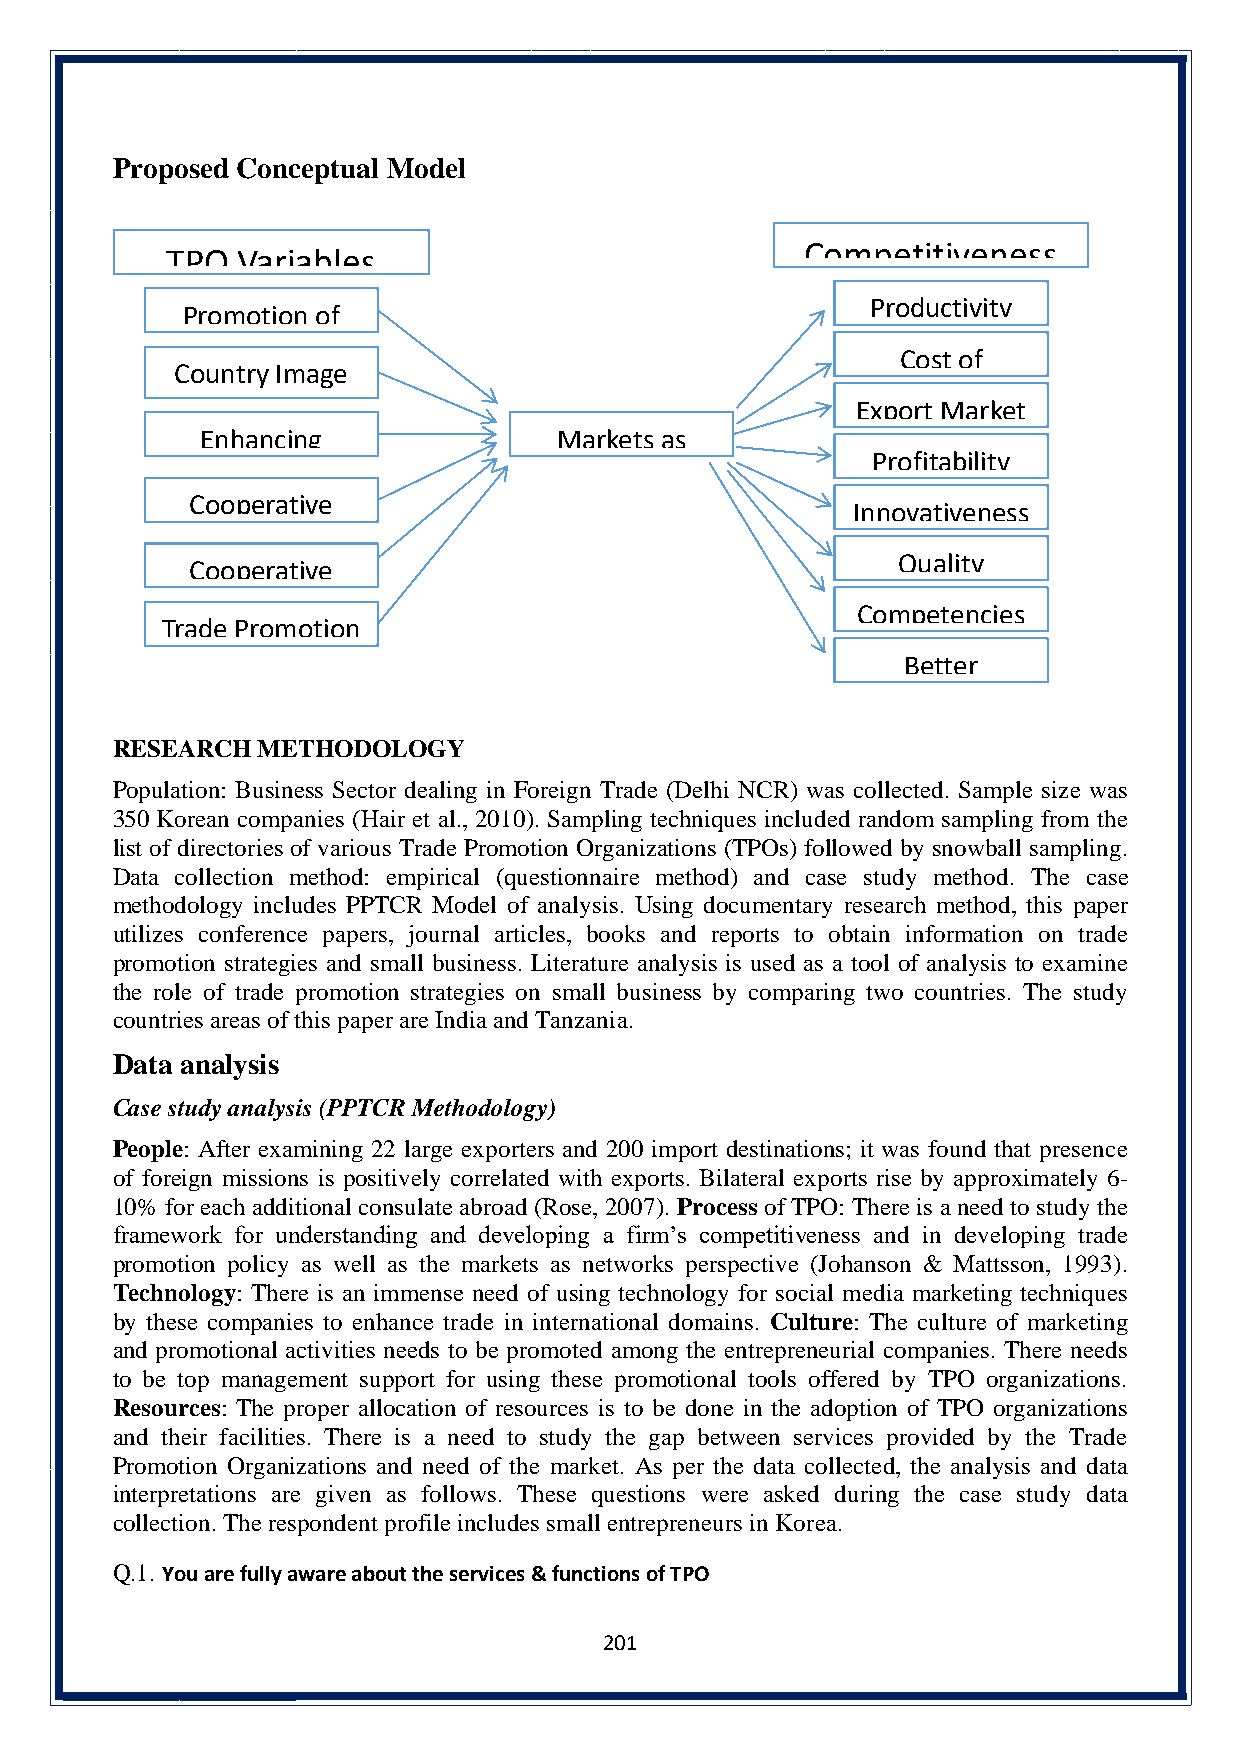
Proposed Conceptual Model
 Competitiveness
 TPO  Variables
 Promotion of
 Productivity
 Trade in Goods
 Cost of
 Country Image
 & Services
 Operations
 (Country                                   Export Market
 EBnrahnadnicningg)      Markets as
 Share
 Profitability
 Investments/              network
 CoopFDerIsa tive        Perspective        Innovativeness
 Marketing
 CoSotrpaetreagtyiv e
 Quality
 Science &
 Competencies
 Trade Promotion
 Technology
 Policy                                       Better
 Technology
 RESEARCH  METHODOLOGY
 Population: Business Sector dealing in Foreign Trade (Delhi NCR) was collected. Sample size was
 350 Korean companies (Hair et al., 2010). Sampling techniques included random sampling from the
 list of directories of various Trade Promotion Organizations (TPOs) followed by snowball sampling.
 Data collection method: empirical (questionnaire method) and case study method. The case
 methodology includes PPTCR Model of analysis. Using documentary research method, this paper
 utilizes conference papers, journal articles, books and reports to obtain information on trade
 promotion strategies and small business. Literature analysis is used as a tool of analysis to examine
 the role of trade promotion strategies on small business by comparing two countries. The study
 countries areas of this paper are India and Tanzania.
 Data analysis
 Case study analysis (PPTCR Methodology)
 People: After examining 22 large exporters and 200 import destinations; it was found that presence
 of foreign missions is positively correlated with exports. Bilateral exports rise by approximately 6-
 10% for each additional consulate abroad (Rose, 2007). Process of TPO: There is a need to study the
 framework for understanding and developing a firm’s competitiveness and in developing trade
 promotion policy as well as the markets as networks perspective (Johanson & Mattsson, 1993).
 Technology: There is an immense need of using technology for social media marketing techniques
 by these companies to enhance trade in international domains. Culture: The culture of marketing
 and promotional activities needs to be promoted among the entrepreneurial companies. There needs
 to be top management support for using these promotional tools offered by TPO organizations.
 Resources: The proper allocation of resources is to be done in the adoption of TPO organizations
 and their facilities. There is a need to study the gap between services provided by the Trade
 Promotion Organizations and need of the market. As per the data collected, the analysis and data
 interpretations are given as follows. These questions were asked during the case study data
 collection. The respondent profile includes small entrepreneurs in Korea.
 Q.1. You are fully aware about the services & functions of TPO
 201